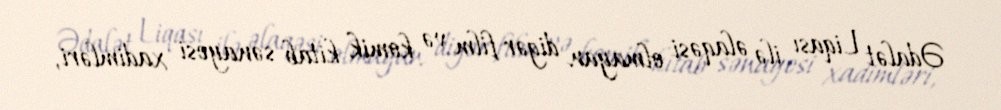
Ədalət Liqası ilə əlaqəsi olmayan digər film və komik kitab sənayesi xadimləri,